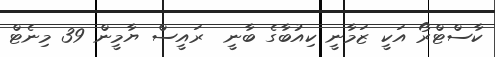
ކާސްޓްރޯ އަކީ ޒަމާނީ ކިއުބާގެ ބާނީ  ރައީސް ޔާމީން 39 މިނެޓް